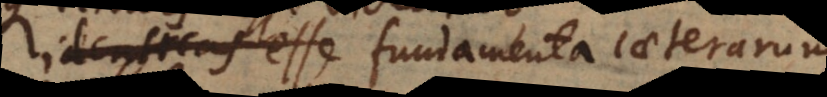
cas esse fundamenta caeterarum